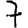
Digit: 7